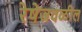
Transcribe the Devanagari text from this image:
रेषेजवळील